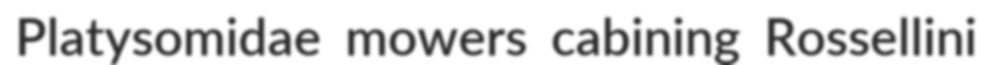
Platysomidae mowers cabining Rossellini